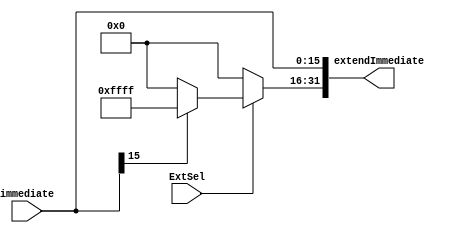
`timescale 1ns / 1ps
//////////////////////////////////////////////////////////////////////////////////
// Company: 
// Engineer: 
// 
// Design Name: 
// Module Name: SignZeroExtend
// Project Name: 
// Target Devices: 
// Tool Versions: 
// Description: 
// 
// Dependencies: 
// 
// Revision:
// Revision 0.01 - File Created
// Additional Comments:
// 
//////////////////////////////////////////////////////////////////////////////////


module SignZeroExtend(
        input wire [15:0] immediate,    //
        input ExtSel,                   //'0',0
        output [31:0] extendImmediate
    );
    
    assign extendImmediate[15:0] = immediate;
    assign extendImmediate[31:16] = ExtSel ? (immediate[15] ? 16'hffff : 16'h0000) : 16'h0000;
endmodule